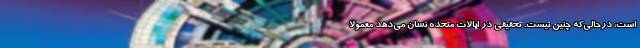
است، درحالی‌که چنین نیست. تحقیقی در ایالات متحده نشان می‌دهد معمولاً